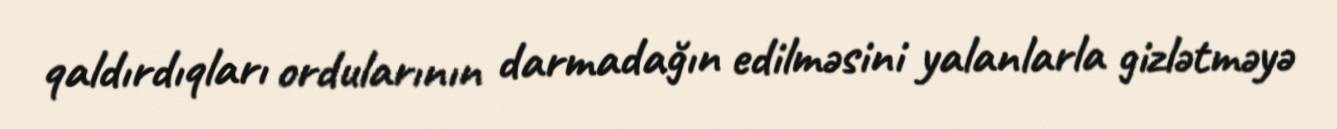
qaldırdıqları ordularının darmadağın edilməsini yalanlarla gizlətməyə